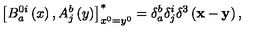
\left[ B _ { a } ^ { 0 i } \left( x \right) , A _ { j } ^ { b } \left( y \right) \right] _ { x ^ { 0 } = y ^ { 0 } } ^ { * } = \delta _ { a } ^ { b } \delta _ { j } ^ { i } \delta ^ { 3 } \left( \mathbf { x } - \mathbf { y } \right) ,